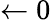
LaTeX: \gets 0